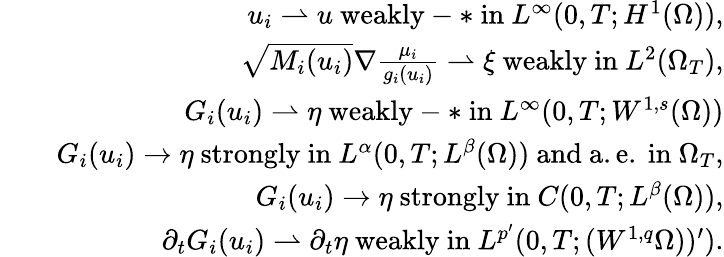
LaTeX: \begin{array}{rlr}&{}&{u_{i}\rightharpoonup u\mathrm{~weakly-*~in~}L^{\infty}(0,T;H^{1}(\Omega)),}\\ &{}&{\sqrt{M_{i}(u_{i})}\nabla\frac{\mu_{i}}{g_{i}(u_{i})}\rightharpoonup\xi\mathrm{~weakly~in~}L^{2}(\Omega_{T}),}\\ &{}&{G_{i}(u_{i})\rightharpoonup\eta\mathrm{~weakly-*~in~}L^{\infty}(0,T;W^{1,s}(\Omega))}\\ &{}&{G_{i}(u_{i})\rightarrow\eta\mathrm{~strongly~in~}L^{\alpha}(0,T;L^{\beta}(\Omega))\mathrm{~and~a.e.~in~}\Omega_{T},}\\ &{}&{G_{i}(u_{i})\rightarrow\eta\mathrm{~strongly~in~}C(0,T;L^{\beta}(\Omega)),}\\ &{}&{\partial_{t}G_{i}(u_{i})\rightharpoonup\partial_{t}\eta\mathrm{~weakly~in~}L^{p^{\prime}}(0,T;(W^{1,q}\Omega))^{\prime}).}\end{array}